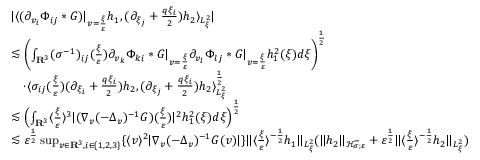
\begin{array} { r l } & { | \langle ( \partial _ { v _ { i } } \Phi _ { i j } * G ) | _ { v = \frac { \xi } { \varepsilon } } h _ { 1 } , ( \partial _ { \xi _ { j } } + \frac { q \xi _ { i } } { 2 } ) h _ { 2 } \rangle _ { L _ { \xi } ^ { 2 } } | } \\ & { \lesssim \left( \int _ { \mathbf R ^ { 3 } } ( \sigma ^ { - 1 } ) _ { i j } ( \frac { \xi } { \varepsilon } ) \partial _ { v _ { k } } \Phi _ { k i } * G | _ { v = \frac { \xi } { \varepsilon } } \partial _ { v _ { l } } \Phi _ { l j } * G | _ { v = \frac { \xi } { \varepsilon } } h _ { 1 } ^ { 2 } ( \xi ) d \xi \right) ^ { \frac { 1 } { 2 } } } \\ & { \quad \cdot \langle \sigma _ { i j } ( \frac { \xi } { \varepsilon } ) ( \partial _ { \xi _ { i } } + \frac { q \xi _ { i } } { 2 } ) h _ { 2 } , ( \partial _ { \xi _ { j } } + \frac { q \xi _ { i } } { 2 } ) h _ { 2 } \rangle _ { L _ { \xi } ^ { 2 } } ^ { \frac { 1 } { 2 } } } \\ & { \lesssim \left( \int _ { \mathbf R ^ { 3 } } \langle \frac { \xi } { \varepsilon } \rangle ^ { 3 } | ( \nabla _ { v } ( - \Delta _ { v } ) ^ { - 1 } G ) ( \frac { \xi } { \varepsilon } ) | ^ { 2 } h _ { 1 } ^ { 2 } ( \xi ) d \xi \right) ^ { \frac { 1 } { 2 } } } \\ & { \lesssim \varepsilon ^ { \frac { 1 } { 2 } } \operatorname* { s u p } _ { v \in \mathbf R ^ { 3 } , i \in \{ 1 , 2 , 3 \} } \{ \langle v \rangle ^ { 2 } | \nabla _ { v } ( - \Delta _ { v } ) ^ { - 1 } G ( v ) | \} \| \langle \frac { \xi } { \varepsilon } \rangle ^ { - \frac { 1 } { 2 } } h _ { 1 } \| _ { L _ { \xi } ^ { 2 } } ( \| h _ { 2 } \| _ { \mathcal H _ { \sigma ; \varepsilon } ^ { - } } + \varepsilon ^ { \frac { 1 } { 2 } } \| \langle \frac { \xi } { \varepsilon } \rangle ^ { - \frac { 1 } { 2 } } h _ { 2 } \| _ { L _ { \xi } ^ { 2 } } ) } \end{array}